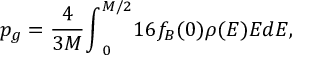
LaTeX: p _ { g } = \frac { 4 } { 3 M } { \int } _ { 0 } ^ { M / 2 } 1 6 f _ { B } ( 0 ) \rho ( E ) E d E ,